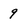
Character: 9